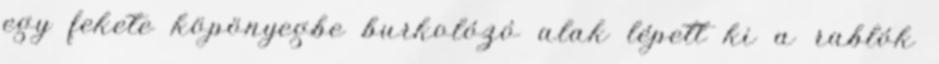
egy fekete köpönyegbe burkolózó alak lépett ki a rablók